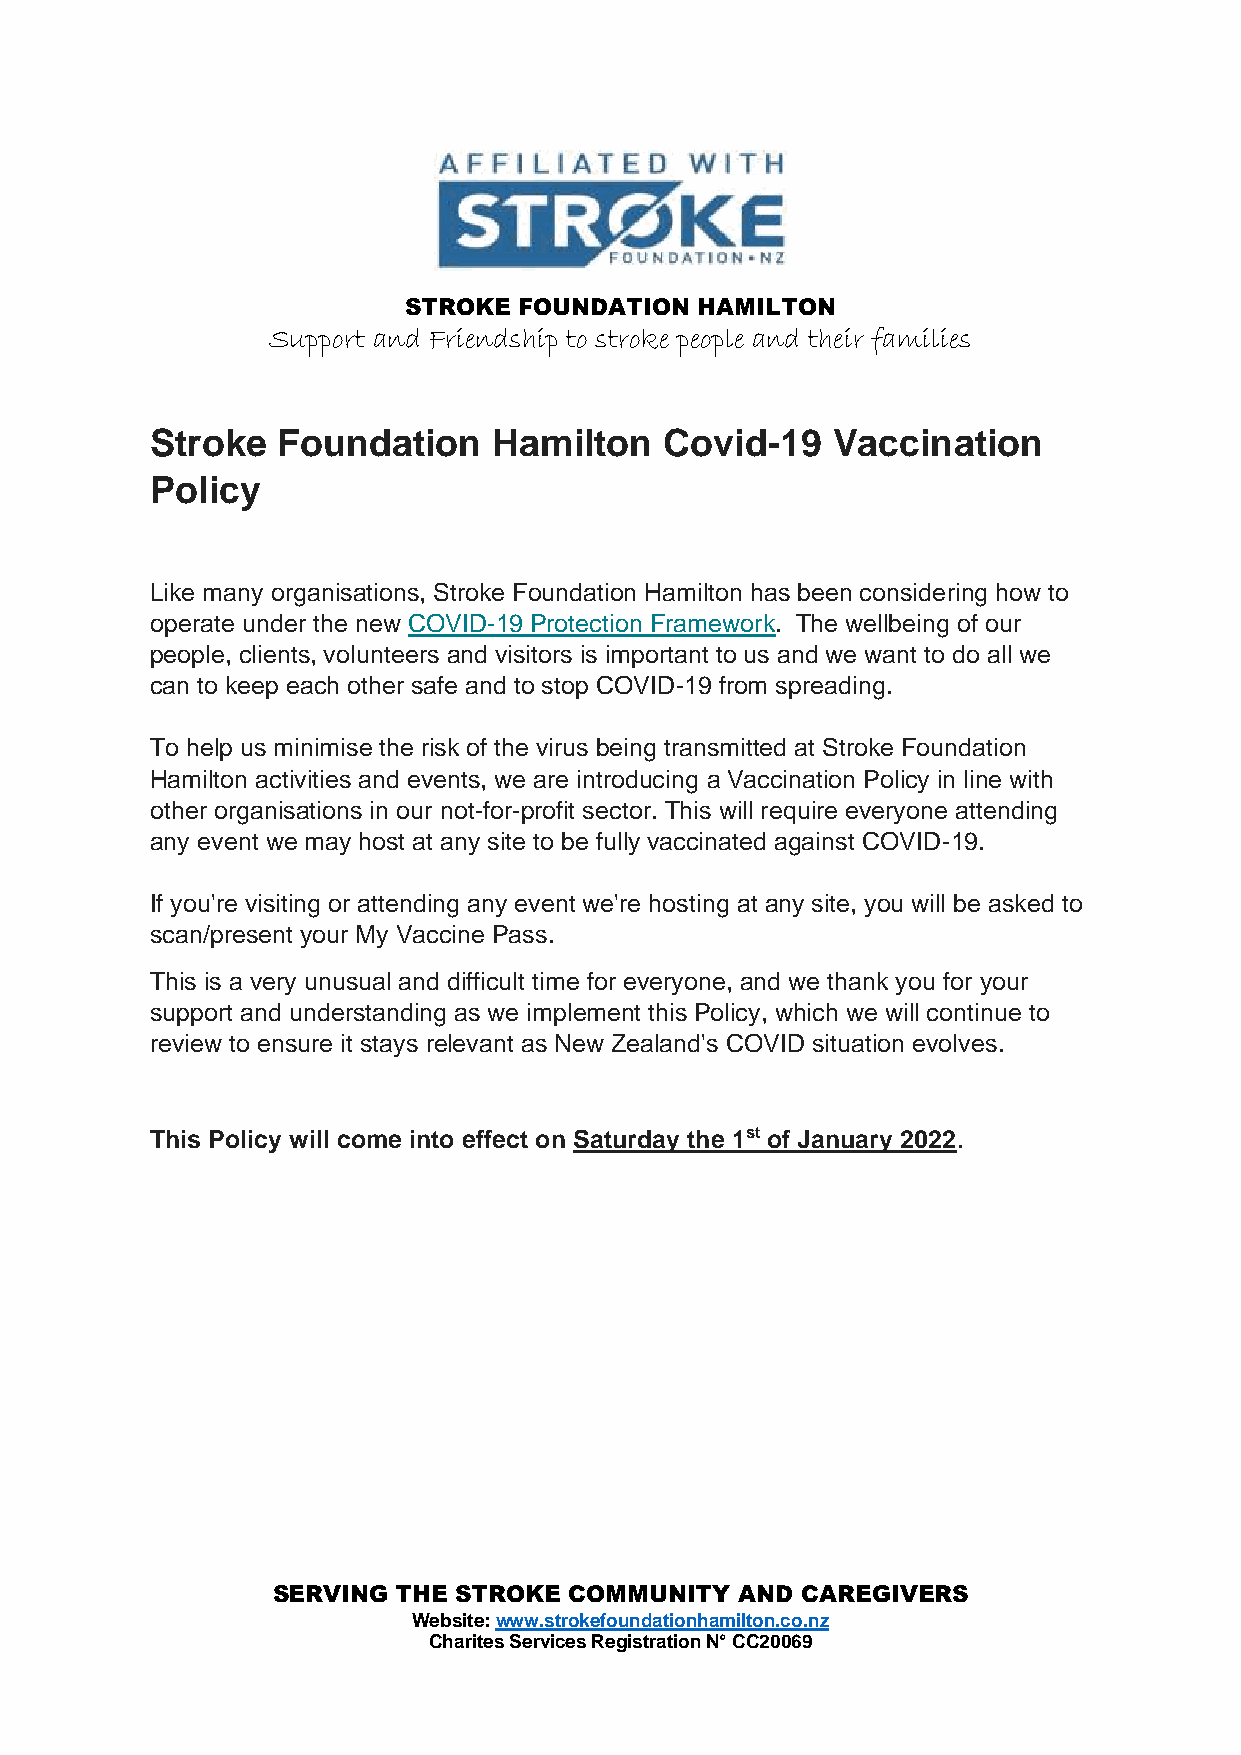
STROKE FOUNDATION  HAMILTON
 Support and Friendship to stroke people and their families
 Stroke  Foundation     Hamilton   Covid-19   Vaccination
 Policy
 Like many organisations, Stroke Foundation Hamilton has been considering how to
 operate under the new COVID-19 Protection Framework. The wellbeing of our
 people, clients, volunteers and visitors is important to us and we want to do all we
 can to keep each other safe and to stop COVID-19 from spreading.
 To help us minimise the risk of the virus being transmitted at Stroke Foundation
 Hamilton activities and events, we are introducing a Vaccination Policy in line with
 other organisations in our not-for-profit sector. This will require everyone attending
 any event we may host at any site to be fully vaccinated against COVID-19.
 If you're visiting or attending any event we're hosting at any site, you will be asked to
 scan/present your My Vaccine Pass.
 This is a very unusual and difficult time for everyone, and we thank you for your
 support and understanding as we implement this Policy, which we will continue to
 review to ensure it stays relevant as New Zealand's COVID situation evolves.
 This Policy will come into effect on Saturday the 1st of January 2022.
 SERVING THE STROKE  COMMUNITY  AND CAREGIVERS
 Website: www.strokefoundationhamilton.co.nz
 Charites Services Registration N° CC20069